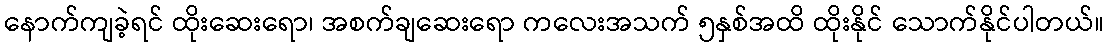
နောက်ကျခဲ့ရင် ထိုးဆေးရော၊ အစက်ချဆေးရော ကလေးအသက် ၅နှစ်အထိ ထိုးနိုင် သောက်နိုင်ပါတယ်။